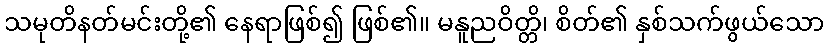
သမုတိနတ်မင်းတို့၏ နေရာဖြစ်၍ ဖြစ်၏။ မနူညဝိတ္တိ၊ စိတ်၏ နှစ်သက်ဖွယ်သော